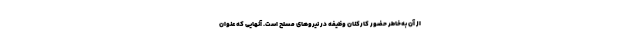
از آن به‌خاطر حضور کارکنان وظیفه در نیروهای مسلح است. آنهایی که عنوان